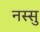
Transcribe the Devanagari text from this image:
नस्सु